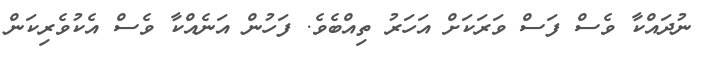
ނުދައްކާ ވެސް ފަސް ވަރަކަށް އަހަރު ތިއްބެވެ. ފަހުން އަނެއްކާ ވެސް އެކުވެރިކަން